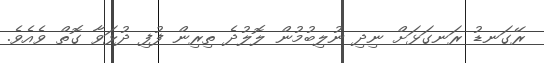
ރޭގަނޑު ރަނގަޅަށް ނިދި ނުލިބުމުން ލޮލުދެ ތިރިން ފުފި ދުޅަވާ ގޮތް ވެއެވެ.